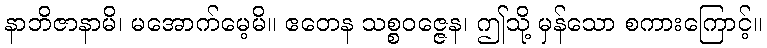
နာဘိဇာနာမိ၊ မအောက်မေ့မိ။ ဧတေန သစ္စဝဇ္ဇေန၊ ဤသို့ မှန်သော စကားကြောင့်။